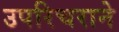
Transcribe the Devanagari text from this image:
उपरिचराने